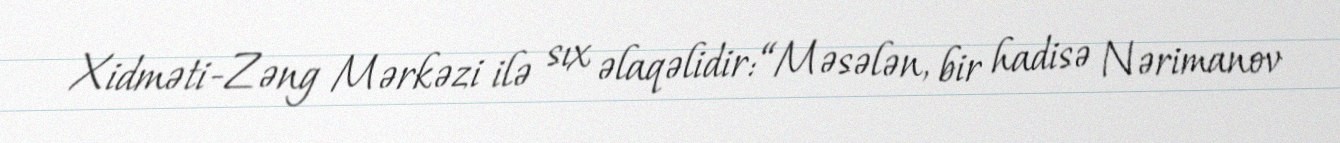
Xidməti-Zəng Mərkəzi ilə sıx əlaqəlidir: “Məsələn, bir hadisə Nərimanov